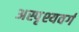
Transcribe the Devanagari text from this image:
अस्पृश्यवर्ग